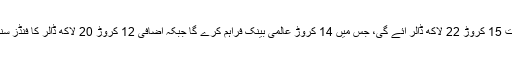
اس منصوبے پر کل لاگت 15 کروڑ 22 لاکھ ڈالر آئے گی، جس میں 14 کروڑ عالمی بینک فراہم کرے گا جبکہ اضافی 12 کروڑ 20 لاکھ ڈالر کا فنڈز سندھ حکومت ادا کرے گی۔